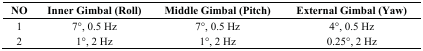
| NO | Inner Gimbal (Roll) | Middle Gimbal (Pitch) | External Gimbal (Yaw) |
 | --- | --- | --- | --- |
 | 1 | 7°, 0.5 Hz | 7°, 0.5 Hz | 4°, 0.5 Hz |
 | 2 | 1°, 2 Hz | 1°, 2 Hz | 0.25°, 2 Hz |